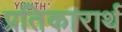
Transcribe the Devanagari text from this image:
प्रतिकारार्थ